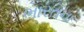
ભારતના